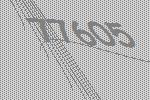
77605